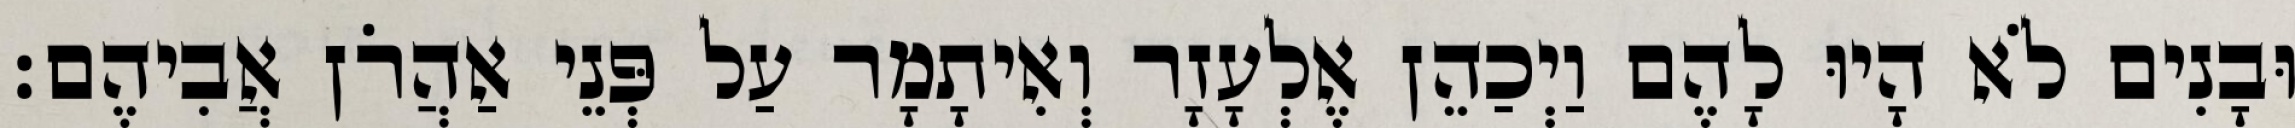
וּבָנִים לֹא הָיוּ לָהֶם וַיְכַהֵן אֶלְעָזָר וְאִיתָמָר עַל פְּנֵי אַהֲרֹן אֲבִיהֶם׃